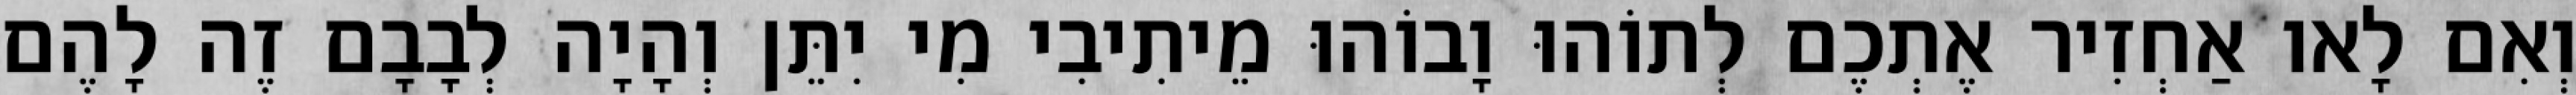
וְאִם לָאו אַחְזִיר אֶתְכֶם לְתוֹהוּ וָבוֹהוּ מֵיתִיבִי מִי יִתֵּן וְהָיָה לְבָבָם זֶה לָהֶם